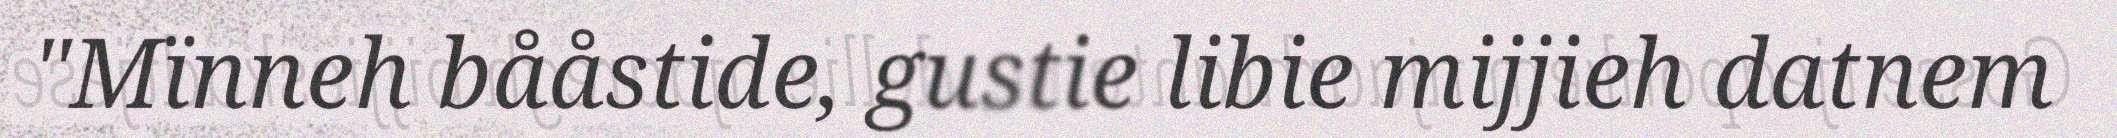
"Mïnneh bååstide, gustie libie mijjieh datnem